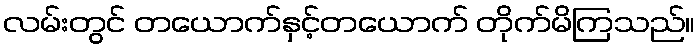
လမ်းတွင် တယောက်နှင့်တယောက် တိုက်မိကြသည်။